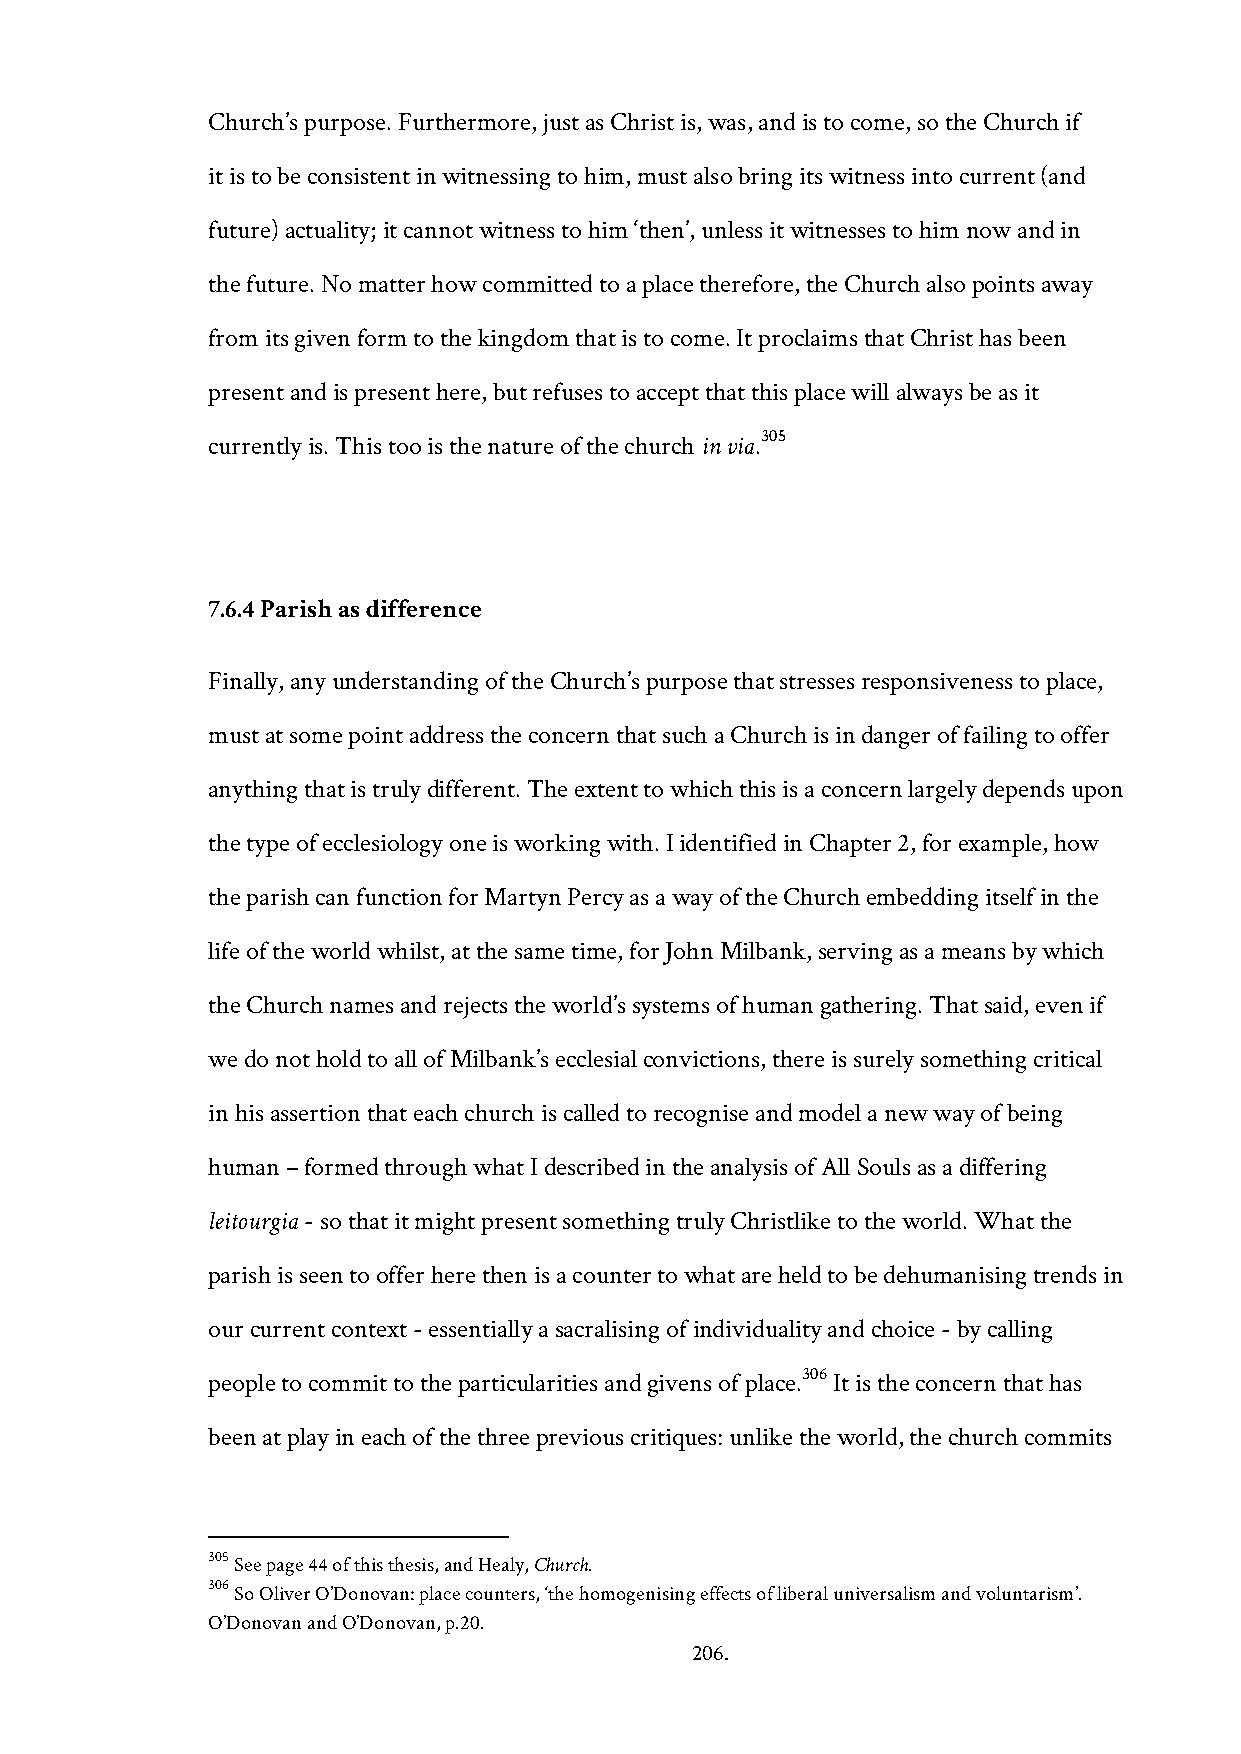
Church’s purpose. Furthermore, just as Christ is, was, and is to come, so the Church if
 it is to be consistent in witnessing to him, must also bring its witness into current (and
 future) actuality; it cannot witness to him ‘then’, unless it witnesses to him now and in
 the future. No matter how committed to a place therefore, the Church also points away
 from its given form to the kingdom that is to come. It proclaims that Christ has been
 present and is present here, but refuses to accept that this place will always be as it
 currently is. This too is the nature of the church in via.305
 7.6.4 Parish as difference
 Finally, any understanding of the Church’s purpose that stresses responsiveness to place,
 must at some point address the concern that such a Church is in danger of failing to offer
 anything that is truly different. The extent to which this is a concern largely depends upon
 the type of ecclesiology one is working with. I identified in Chapter 2, for example, how
 the parish can function for Martyn Percy as a way of the Church embedding itself in the
 life of the world whilst, at the same time, for John Milbank, serving as a means by which
 the Church names and rejects the world’s systems of human gathering. That said, even if
 we do not hold to all of Milbank’s ecclesial convictions, there is surely something critical
 in his assertion that each church is called to recognise and model a new way of being
 human – formed through what I described in the analysis of All Souls as a differing
 leitourgia - so that it might present something truly Christlike to the world. What the
 parish is seen to offer here then is a counter to what are held to be dehumanising trends in
 our current context - essentially a sacralising of individuality and choice - by calling
 306
 people to commit to the particularities and givens of place. It is the concern that has
 been at play in each of the three previous critiques: unlike the world, the church commits
 305 See page 44 of this thesis, and Healy, Church.
 306 So Oliver O’Donovan: place counters, ‘the homogenising effects of liberal universalism and voluntarism’.
 O’Donovan and O’Donovan, p.20.
 206.